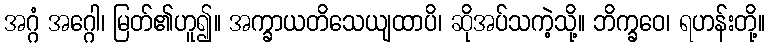
အဂ္ဂံ အဂ္ဂေါ၊ မြတ်၏ဟူ၍။ အက္ခာယတိသေယျထာပိ၊ ဆိုအပ်သကဲ့သို့။ ဘိက္ခဝေ၊ ရဟန်းတို့။